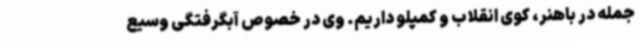
جمله در باهنر، کوی انقلاب و کمپلو داریم. وی در خصوص آبگرفتگی وسیع